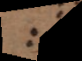
i